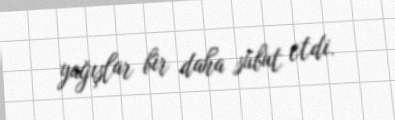
yağışlar bir daha sübut etdi.